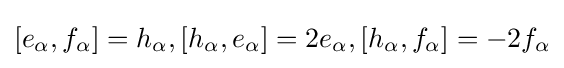
[e_{\alpha },f_{\alpha }]=h_{\alpha },[h_{\alpha },e_{\alpha }]=2e_{\alpha },[h_{\alpha },f_{\alpha }]=-2f_{\alpha }